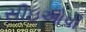
સીઇઓપી